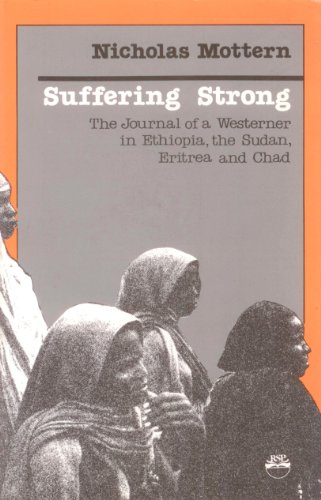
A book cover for Suffering Strong: The Journal of a Westerner in Ethiopia, the Sudan, Eritrea, and Chad (Current Issues Series); Nicholas Mottern; Travel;